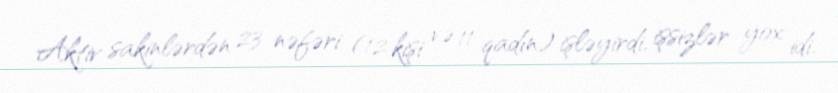
Aktiv sakinlərdən 23 nəfəri (12 kişi və 11 qadın) işləyirdi, işsizlər yox idi.